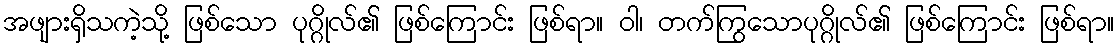
အဖျားရှိသကဲ့သို့ ဖြစ်သော ပုဂ္ဂိုလ်၏ ဖြစ်ကြောင်း ဖြစ်ရာ။ ဝါ၊ တက်ကြွသောပုဂ္ဂိုလ်၏ ဖြစ်ကြောင်း ဖြစ်ရာ။